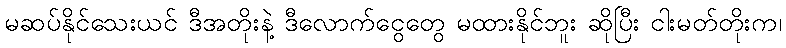
မဆပ်နိုင်သေးယင် ဒီအတိုးနဲ့ ဒီလောက်ငွေတွေ မထားနိုင်ဘူး ဆိုပြီး ငါးမတ်တိုးက၊